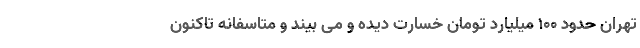
تهران حدود ۱۰۰ میلیارد تومان خسارت دیده و می بیند و متاسفانه تاکنون